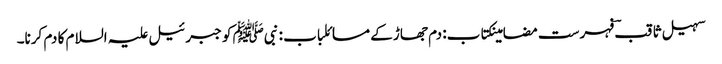
سہیل ثاقبؔ فہرست مضامینکتاب: دم جھاڑ کے مسائلباب : نبیﷺ کو جبرئیل علیہ السلام کا دم کرنا۔